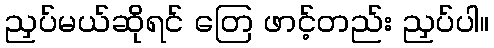
ညှပ်မယ်ဆိုရင် တြေ ဖာင့်တည်း ညှပ်ပါ။